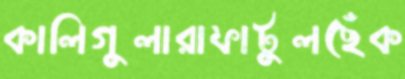
কালিগুলারাফাটুলছেঁক